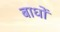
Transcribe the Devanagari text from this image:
बाधों